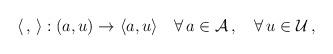
LaTeX: \begin{align*}\langle \,,\,\rangle : (a,u) \rightarrow \langle a,u \rangle\quad \forall \,a \in {\cal A}\,,\quad\forall \,u \in {\cal U}\,,\end{align*}